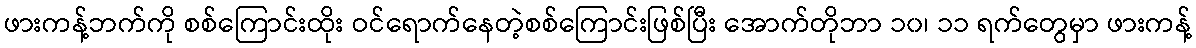
ဖားကန့်ဘက်ကို စစ်ကြောင်းထိုး ဝင်ရောက်နေတဲ့စစ်ကြောင်းဖြစ်ပြီး အောက်တိုဘာ ၁၀၊ ၁၁ ရက်တွေမှာ ဖားကန့်